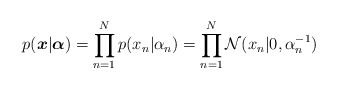
\begin{align*}p(\boldsymbol{x}|\boldsymbol{\alpha})=\prod_{n=1}^Np(x_n|\alpha_n)=\prod_{n=1}^N\mathcal{N}(x_n|0,\alpha_n^{-1})\end{align*}